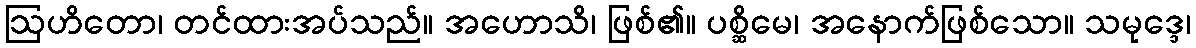
ဩဟိတော၊ တင်ထားအပ်သည်။ အဟောသိ၊ ဖြစ်၏။ ပစ္ဆိမေ၊ အနောက်ဖြစ်သော။ သမုဒ္ဒေ၊